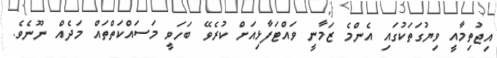
އިޖުތިމާއީ ވިޔުގަތަކުގައި އެންމެ ޒަމާނީ ވައްޓަފާޅިއަށް ކުރެވޭ ބަހަވީ މަސައްކަތްތައް މަދެއް ނޫނެވެ.